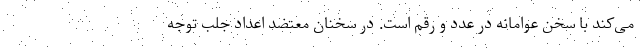
می‌کند با سخن عوامانه در عدد و رقم است. در سخنان معتضد اعداد جلب توجه